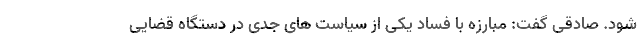
شود. صادقی گفت: مبارزه با فساد یکی از سیاست های جدی در دستگاه قضایی